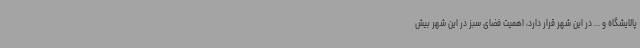
پالایشگاه و ... در این شهر قرار دارد، اهمیت فضای سبز در این شهر بیش